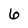
Character: 6